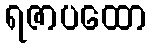
ရဇာပထော